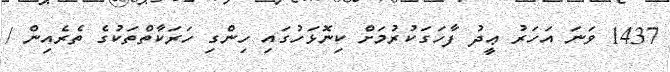
1437 ވަނަ އަހަރު ޢީދު ފާހަގަކުރުމަށް ކިނޮޅަހުގައި ހިންގި ހަރަކާތްތަކުގެ ތެރެއިން /